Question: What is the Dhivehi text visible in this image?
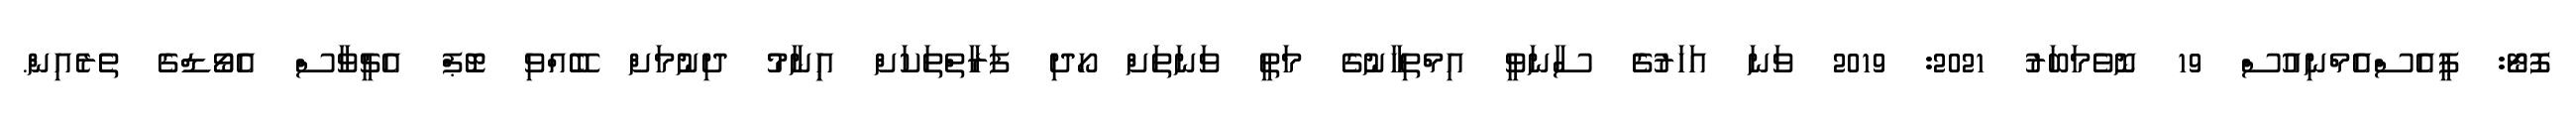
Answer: ފޮޓޯ: ޕީއެސްއެމްނިއުސް 19 ނޮވެމަބަރު 2021: 2019 ވަނަ އަހަރުގެެ ސާނަވީ އިމްތިހާނުގެ މަތީ ވަނަތަށް ހޯދި ފަރާތްތަކަށް އިިނާމު ދިނުމަށް ބޭއްވި ޓޮޕް އެޗީވާސް އެވޯޑްގެ ތެރެއިން.